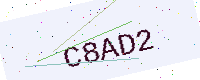
Text: C8AD2